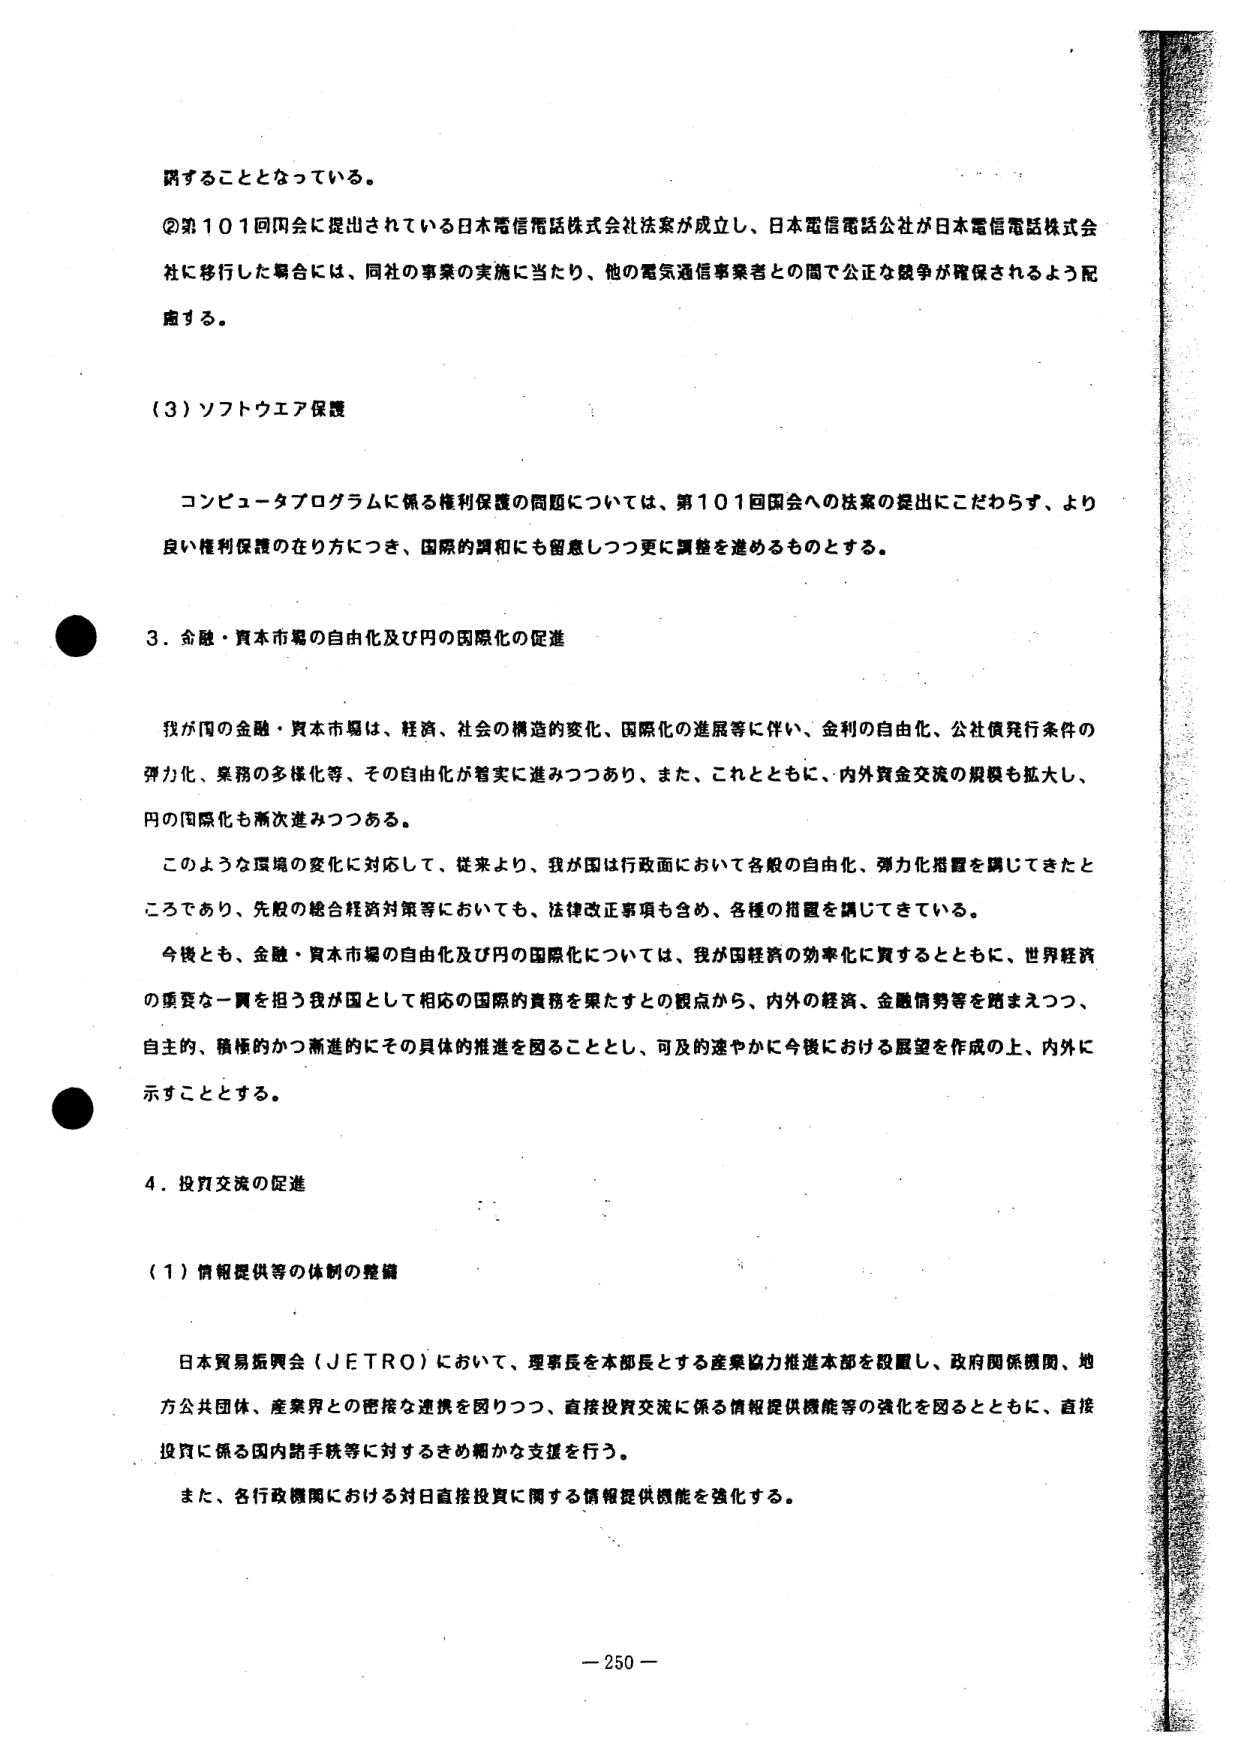
調することとなっている。

②第101回国会に提出されている日本電信電話株式会社法案が成立し、日本電信電話公社が日本電信電話株式会社に移行した場合には、同社の事業の実施に当たり、他の電気通信事業者との間で公正な競争が確保されるよう配慮する。

（3）ソフトウエア保護

コンピュータプログラムに係る権利保護の問題については、第101回国会への法案の提出にこだわらず、より良い権利保護の在り方につき、国際的調和にも留意しつつ更に調整を進めるものとする。

3．金融・資本市場の自由化及び円の国際化の促進

我が国の金融・資本市場は、経済、社会の構造的変化、国際化の進展等に伴い、金利の自由化、公社債発行条件の弾力化、業務の多様化等、その自由化が着実に進みつつあり、また、これとともに、内外資金交流の規模も拡大し、円の国際化も漸次進みつつある。

このような環境の変化に対応して、従来より、我が国は行政面において各般の自由化、弾力化措置を講じてきたところであり、先般の総合経済対策等においても、法律改正事項も含め、各種の措置を講じてきている。

今後とも、金融・資本市場の自由化及び円の国際化については、我が国経済の効率化に資するとともに、世界経済の重要な一翼を担う我が国として相応の国際的責務を果たすとの観点から、内外の経済、金融情勢等を踏まえつつ、自主的、積極的かつ漸進的にその具体的推進を図ることとし、可及的速やかに今後における展望を作成の上、内外に示すこととする。

4．投資交流の促進

（1）情報提供等の体制の整備

日本貿易振興会（JETRO）において、理事長を本部長とする産業協力推進本部を設置し、政府関係機関、地方公共団体、産業界との密接な連携を図りつつ、直接投資交流に係る情報提供機能等の強化を図るとともに、直接投資に係る国内諸手続等に対するきめ細かな支援を行う。

また、各行政機関における対日直接投資に関する情報提供機能を強化する。

－250－